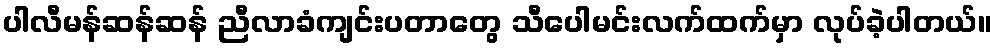
ပါလီမန်ဆန်ဆန် ညီလာခံကျင်းပတာတွေ သီပေါမင်းလက်ထက်မှာ လုပ်ခဲ့ပါတယ်။